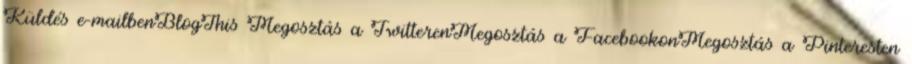
Küldés e-mailbenBlogThis Megosztás a TwitterenMegosztás a FacebookonMegosztás a Pinteresten